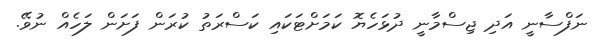
ނަފްސާނީ އަދި ޖިސްމާނީ ދުޅަހެޔޮ ކަމަށްޓަކައި ކަސްރަތު ކުރަން ފަށަން ލަހެއް ނުވޭ.